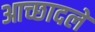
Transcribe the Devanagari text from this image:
आच्छादले